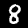
Label: 8